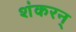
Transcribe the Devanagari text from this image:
शंकरन्